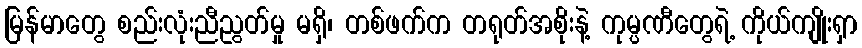
မြန်မာတွေ စည်းလုံးညီညွတ်မှု မရှိ၊ တစ်ဖက်က တရုတ်အစိုးနဲ့ ကုမ္ပဏီတွေရဲ့ ကိုယ်ကျိုးရှာ